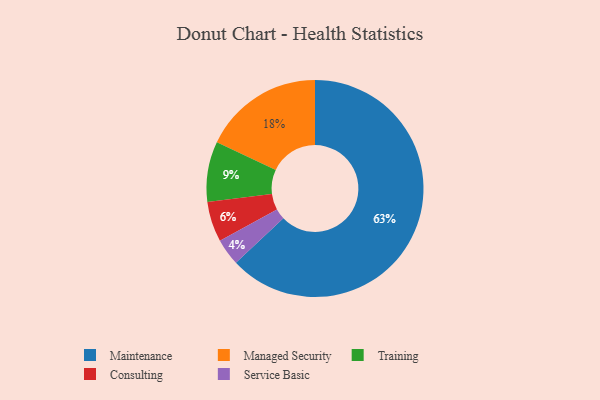
{"axis": {"x": "Category", "y": "Percentage"}, "legend": ["Consulting", "Maintenance", "Managed Security", "Service Basic", "Training"], "data": [{"x": "Managed Security", "y": 18, "type": "Managed Security"}, {"x": "Consulting", "y": 6, "type": "Consulting"}, {"x": "Service Basic", "y": 4, "type": "Service Basic"}, {"x": "Training", "y": 9, "type": "Training"}, {"x": "Maintenance", "y": 63, "type": "Maintenance"}]}